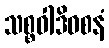
သစ္စဝါဒိဝစနံ